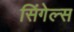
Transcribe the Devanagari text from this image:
सिंगेल्स